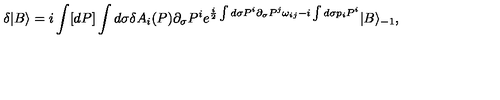
\delta | B \rangle = i \int [ d P ] \int d \sigma \delta A _ { i } ( P ) \partial _ { \sigma } P ^ { i } e ^ { \frac { i } { 2 } \int d \sigma P ^ { i } \partial _ { \sigma } P ^ { j } \omega _ { i j } - i \int d \sigma p _ { i } P ^ { i } } | B \rangle _ { - 1 } ,